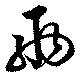
両